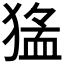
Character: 𱮖